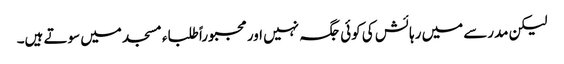
لیکن مدرسے میں رہائش کی کوئی جگہ نہیں اور مجبوراً طلباء مسجد میں سوتے ہیں۔